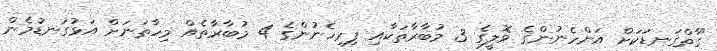
"ގާތްގަނޑަކަށް އަންހެނުންގެ ވޮލީގެ 3 މުބާރާތަކާއި ފިރިހެނުންގެ 4 މުބާރާތެއް މިހާތަނަށް އަޅުގަނޑުމެން